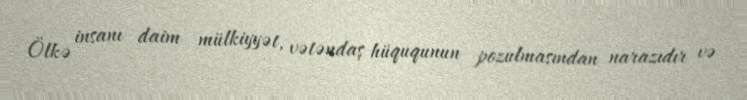
Ölkə insanı daim mülkiyyət, vətəndaş hüququnun pozulmasından narazıdır və